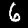
Label: 6